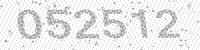
Solution: 052512